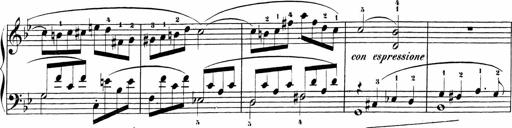
Title: Sonatinas
Composer: Andrew Violette